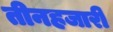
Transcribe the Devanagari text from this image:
तीनहजारी